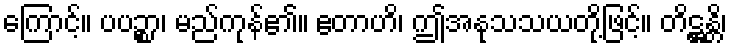
ကြောင့်။ ပပဉ္စာ၊ မည်ကုန်၏။ ဧတာဟိ၊ ဤအနုသသယတို့ဖြင့်။ တိဋ္ဌန္တိ၊